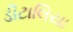
ડીટાલિયા